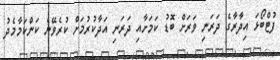
ފުޓްބޯޅަ އިދާރާގެ ދަރަނި ވަރަށް ބޮޑު ކަމަށާއި ދަރަނި އަދާކުރުމަށް ކުރެވޭނެ ކަންކަމާމެދު